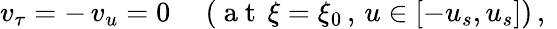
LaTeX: \begin{array}{r}{v_{\tau}=-\, v_{u}=0\quad\ ({\mathrm{~a~t~}}\, \xi=\xi_{0}\, ,\, u\in[-u_{s},u_{s}])\, ,\ }\end{array}